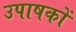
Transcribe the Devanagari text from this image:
उपाषकों